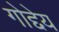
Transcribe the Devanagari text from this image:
गोद्देय